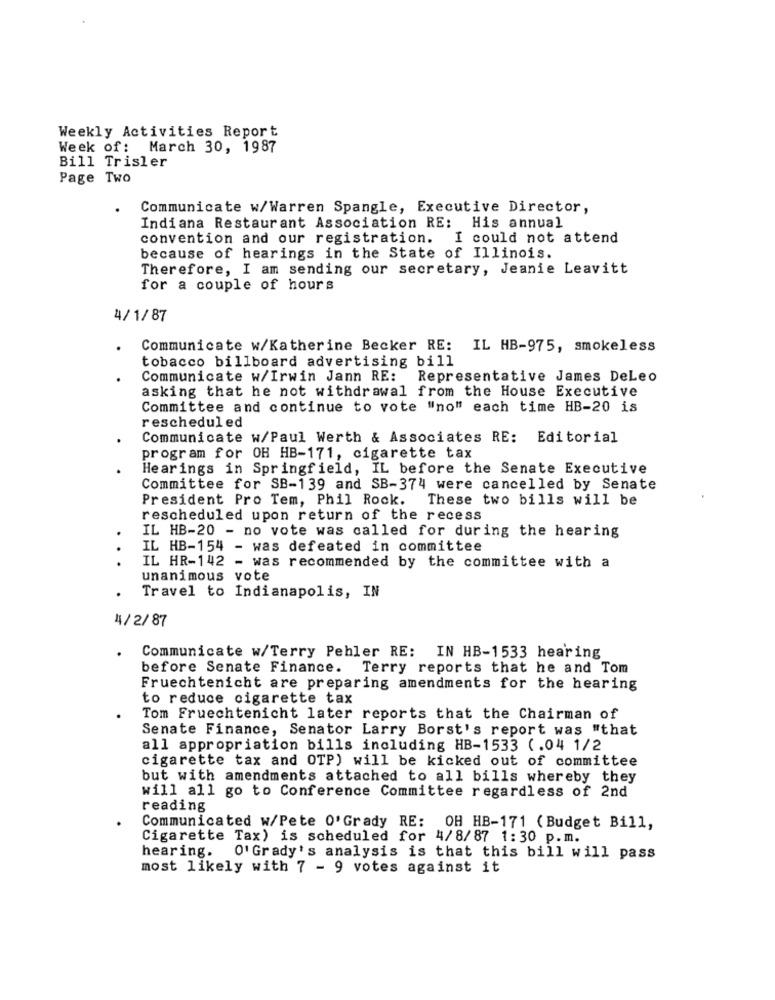
Weekly Activities Report
Week of: March 30, 1987
Bill Trisler
Page Two
Communicate w/Warren Spangle, Executive Director,
Indiana Restaurant Association RE: His annual
convention and our registration. I could not attend
because of hearings in the State of Illinois.
Therefore, I am sending our secretary, Jeanie Leavitt
for a couple of hours
4/1/87
Communicate w/Katherine Becker RE: IL HB-975, smokeless
tobacco billboard advertising bill
Communicate w/Irwin Jann RE: Representative James DeLeo
asking that he not withdrawal from the House Executive
Committee and continue to vote "no" each time HB-20 is
rescheduled
Communicate w/Paul Werth & Associates RE: Editorial
program for OH HB-171, cigarette tax
Hearings in Springfield, IL before the Senate Executive
Committee for SB-139 and SB-374 were cancelled by Senate
President Pro Tem, Phil Rock. These two bills will be
rescheduled upon return of the recess
IL HB-20 - no vote was called for during the hearing
.
IL HB-154 - was defeated in committee
IL HR-142 - was recommended by the committee with a
unanimous vote
Travel to Indianapolis, IN
4/2/87
Communicate w/Terry Pehler RE: IN HB-1533 hearing
before Senate Finance. Terry reports that he and Tom
Fruechtenicht are preparing amendments for the hearing
to reduce cigarette tax
Tom Fruechtenicht later reports that the Chairman of
Senate Finance, Senator Larry Borst's report was "that
all appropriation bills including HB-1533 (.04 1/2
cigarette tax and OTP) will be kicked out of committee
but with amendments attached to all bills whereby they
will all go to Conference Committee regardless of 2nd
reading
Communicated w/Pete O'Grady RE: OH HB-171 ( Budget Bill,
Cigarette Tax) is scheduled for 4/8/87 1:30 p.m.
hearing. O' Grady's analysis is that this bill will pass
most likely with 7 - 9 votes against it